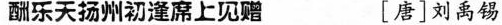
酬乐天扬州初逢席上见赠 [唐]刘禹锡